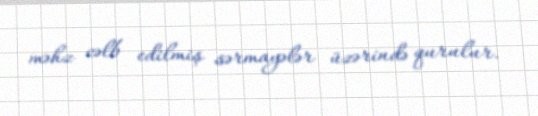
məhz cəlb edilmiş sərmayələr üzərində qurulur.